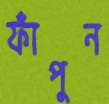
ফাঁপুন